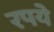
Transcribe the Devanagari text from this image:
रपये